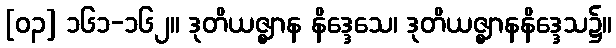
[၀၃] ၁၆၁-၁၆၂။ ဒုတိယဇ္ဈာန နိဒ္ဒေသေ၊ ဒုတိယဇ္ဈာနနိဒ္ဒေသ၌။